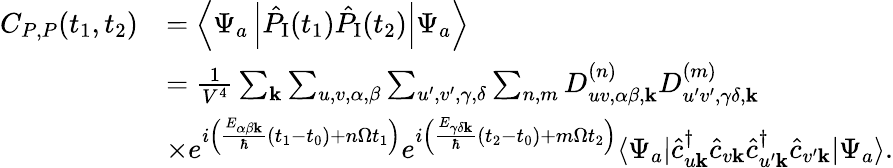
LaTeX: \begin{array}{rl}{C_{P,P}(t_{1},t_{2})}&{=\left\langle\Psi_{a}\left|\hat{P}_{\textrm{I}}(t_{1})\hat{P}_{\textrm{I}}(t_{2})\right|\Psi_{a}\right\rangle}\\ &{=\frac{1}{V^{4}}\sum_{\mathbf{k}}\sum_{u,v,\alpha,\beta}\sum_{u^{\prime},v^{\prime},\gamma,\delta}\sum_{n,m}D_{uv,\alpha\beta,\mathbf{k}}^{(n)}D_{u^{\prime}v^{\prime},\gamma\delta,\mathbf{k}}^{(m)}}\\ &{\times e^{i\left(\frac{E_{\alpha\beta\mathbf{k}}}{\hbar}(t_{1}-t_{0})+n\Omega t_{1}\right)}e^{i\left(\frac{E_{\gamma\delta\mathbf{k}}}{\hbar}(t_{2}-t_{0})+m\Omega t_{2}\right)}\langle\Psi_{a}|\hat{c}_{u\mathbf{k}}^{\dagger}\hat{c}_{v\mathbf{k}}\hat{c}_{u^{\prime}\mathbf{k}}^{\dagger}\hat{c}_{v^{\prime}\mathbf{k}}|\Psi_{a}\rangle.}\end{array}